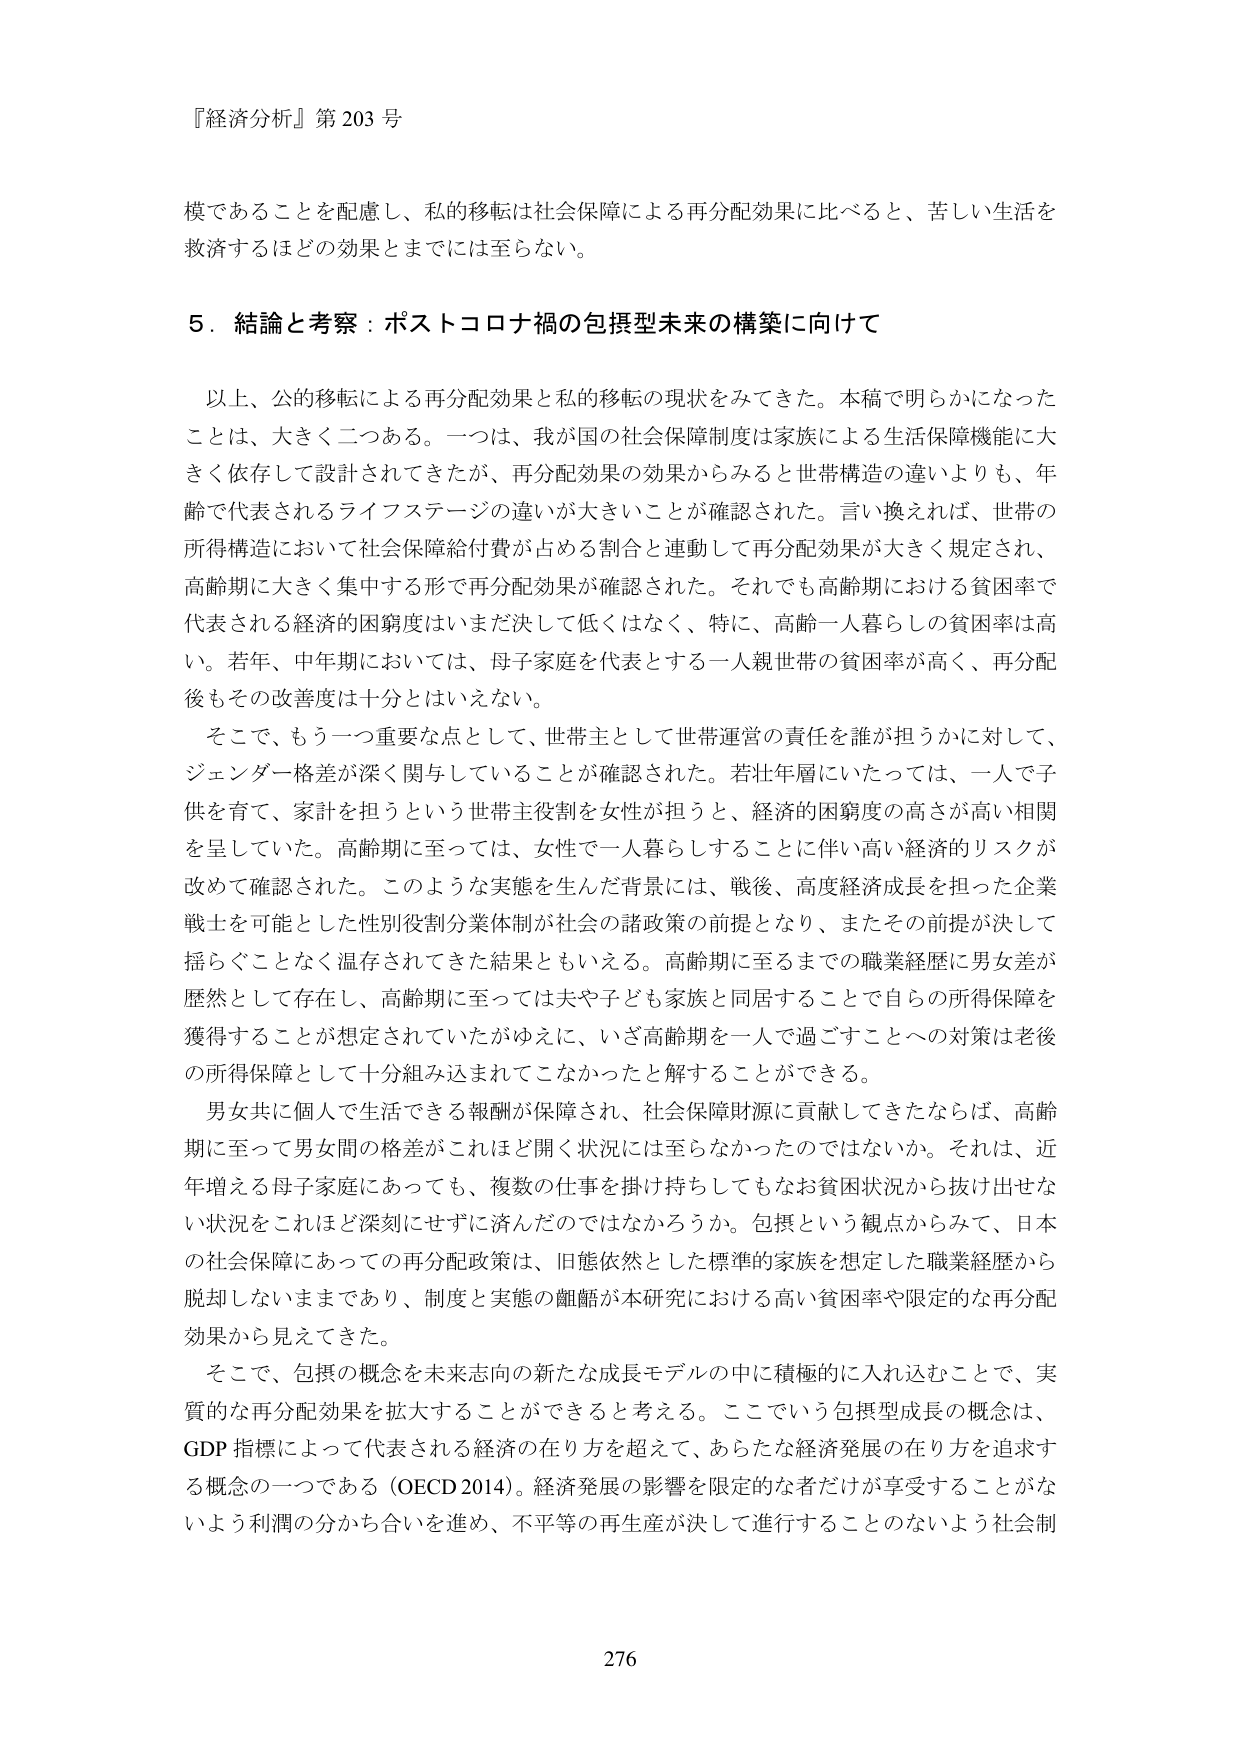
『経済分析』第203号

模であることを配慮し、私的移転は社会保障による再分配効果に比べると、苦しい生活を
救済するほどの効果とまでには至らない。

5．結論と考察：ポストコロナ禍の包摂型未来の構築に向けて

以上、公的移転による再分配効果と私的移転の現状をみてきた。本稿で明らかになった
ことは、大きく二つある。一つは、我が国の社会保障制度は家族による生活保障機能に大
きく依存して設計されてきたが、再分配効果の効果からみると世帯構造の違いよりも、年
齢で代表されるライフステージの違いが大きいことが確認された。言い換えれば、世帯の
所得構造において社会保障給付費が占める割合と連動して再分配効果が大きく規定され、
高齢期に大きく集中する形で再分配効果が確認された。それでも高齢期における貧困率で
代表される経済的困窮度はいまだ決して低くはなく、特に、高齢一人暮らしの貧困率は高
い。若年、中年期においては、母子家庭を代表とする一人親世帯の貧困率が高く、再分配
後もその改善度は十分とはいえない。

そこで、もう一つ重要な点として、世帯主として世帯運営の責任を誰が担うかに対して、
ジェンダー格差が深く関与していることが確認された。若壮年層にいたっては、一人で子
供を育て、家計を担うという世帯主役割を女性が担うと、経済的困窮度の高さが高い相関
を呈していた。高齢期に至っては、女性で一人暮らしすることに伴い高い経済的リスクが
改めて確認された。このような実態を生んだ背景には、戦後、高度経済成長を担った企業
戦士を可能とした性別役割分業体制が社会の諸政策の前提となり、またその前提が決して
揺らぐことなく温存されてきた結果ともいえる。高齢期に至るまでの職業経歴に男女差が
歴然として存在し、高齢期に至っては夫や子ども家族と同居することで自らの所得保障を
獲得することが想定されていたがゆえに、いざ高齢期を一人で過ごすことへの対策は老後
の所得保障として十分組み込まれてこなかったと解することができる。

男女共に個人で生活できる報酬が保障され、社会保障財源に貢献してきたならば、高齢
期に至って男女間の格差がこれほど開く状況には至らなかったのではないか。それは、近
年増える母子家庭にあっても、複数の仕事を掛け持ちしてもなお貧困状況から抜け出せな
い状況をこれほど深刻にせずに済んだのではなかろうか。包摂という観点からみて、日本
の社会保障にあっての再分配政策は、旧態依然とした標準的家族を想定した職業経歴から
脱却しないままであり、制度と実態の齟齬が本研究における高い貧困率や限定的な再分配
効果から見えてきた。

そこで、包摂の概念を未来志向の新たな成長モデルの中に積極的に入れ込むことで、実
質的な再分配効果を拡大することができると考える。ここでいう包摂型成長の概念は、
GDP 指標によって代表される経済の在り方を超えて、あらたな経済発展の在り方を追求す
る概念の一つである（OECD 2014）。経済発展の影響を限定的な者だけが享受することがな
いよう利潤の分かち合いを進め、不平等の再生産が決して進行することのないよう社会制

276